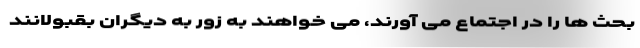
بحث ها را در اجتماع می آورند، می خواهند به زور به دیگران بقبولانند